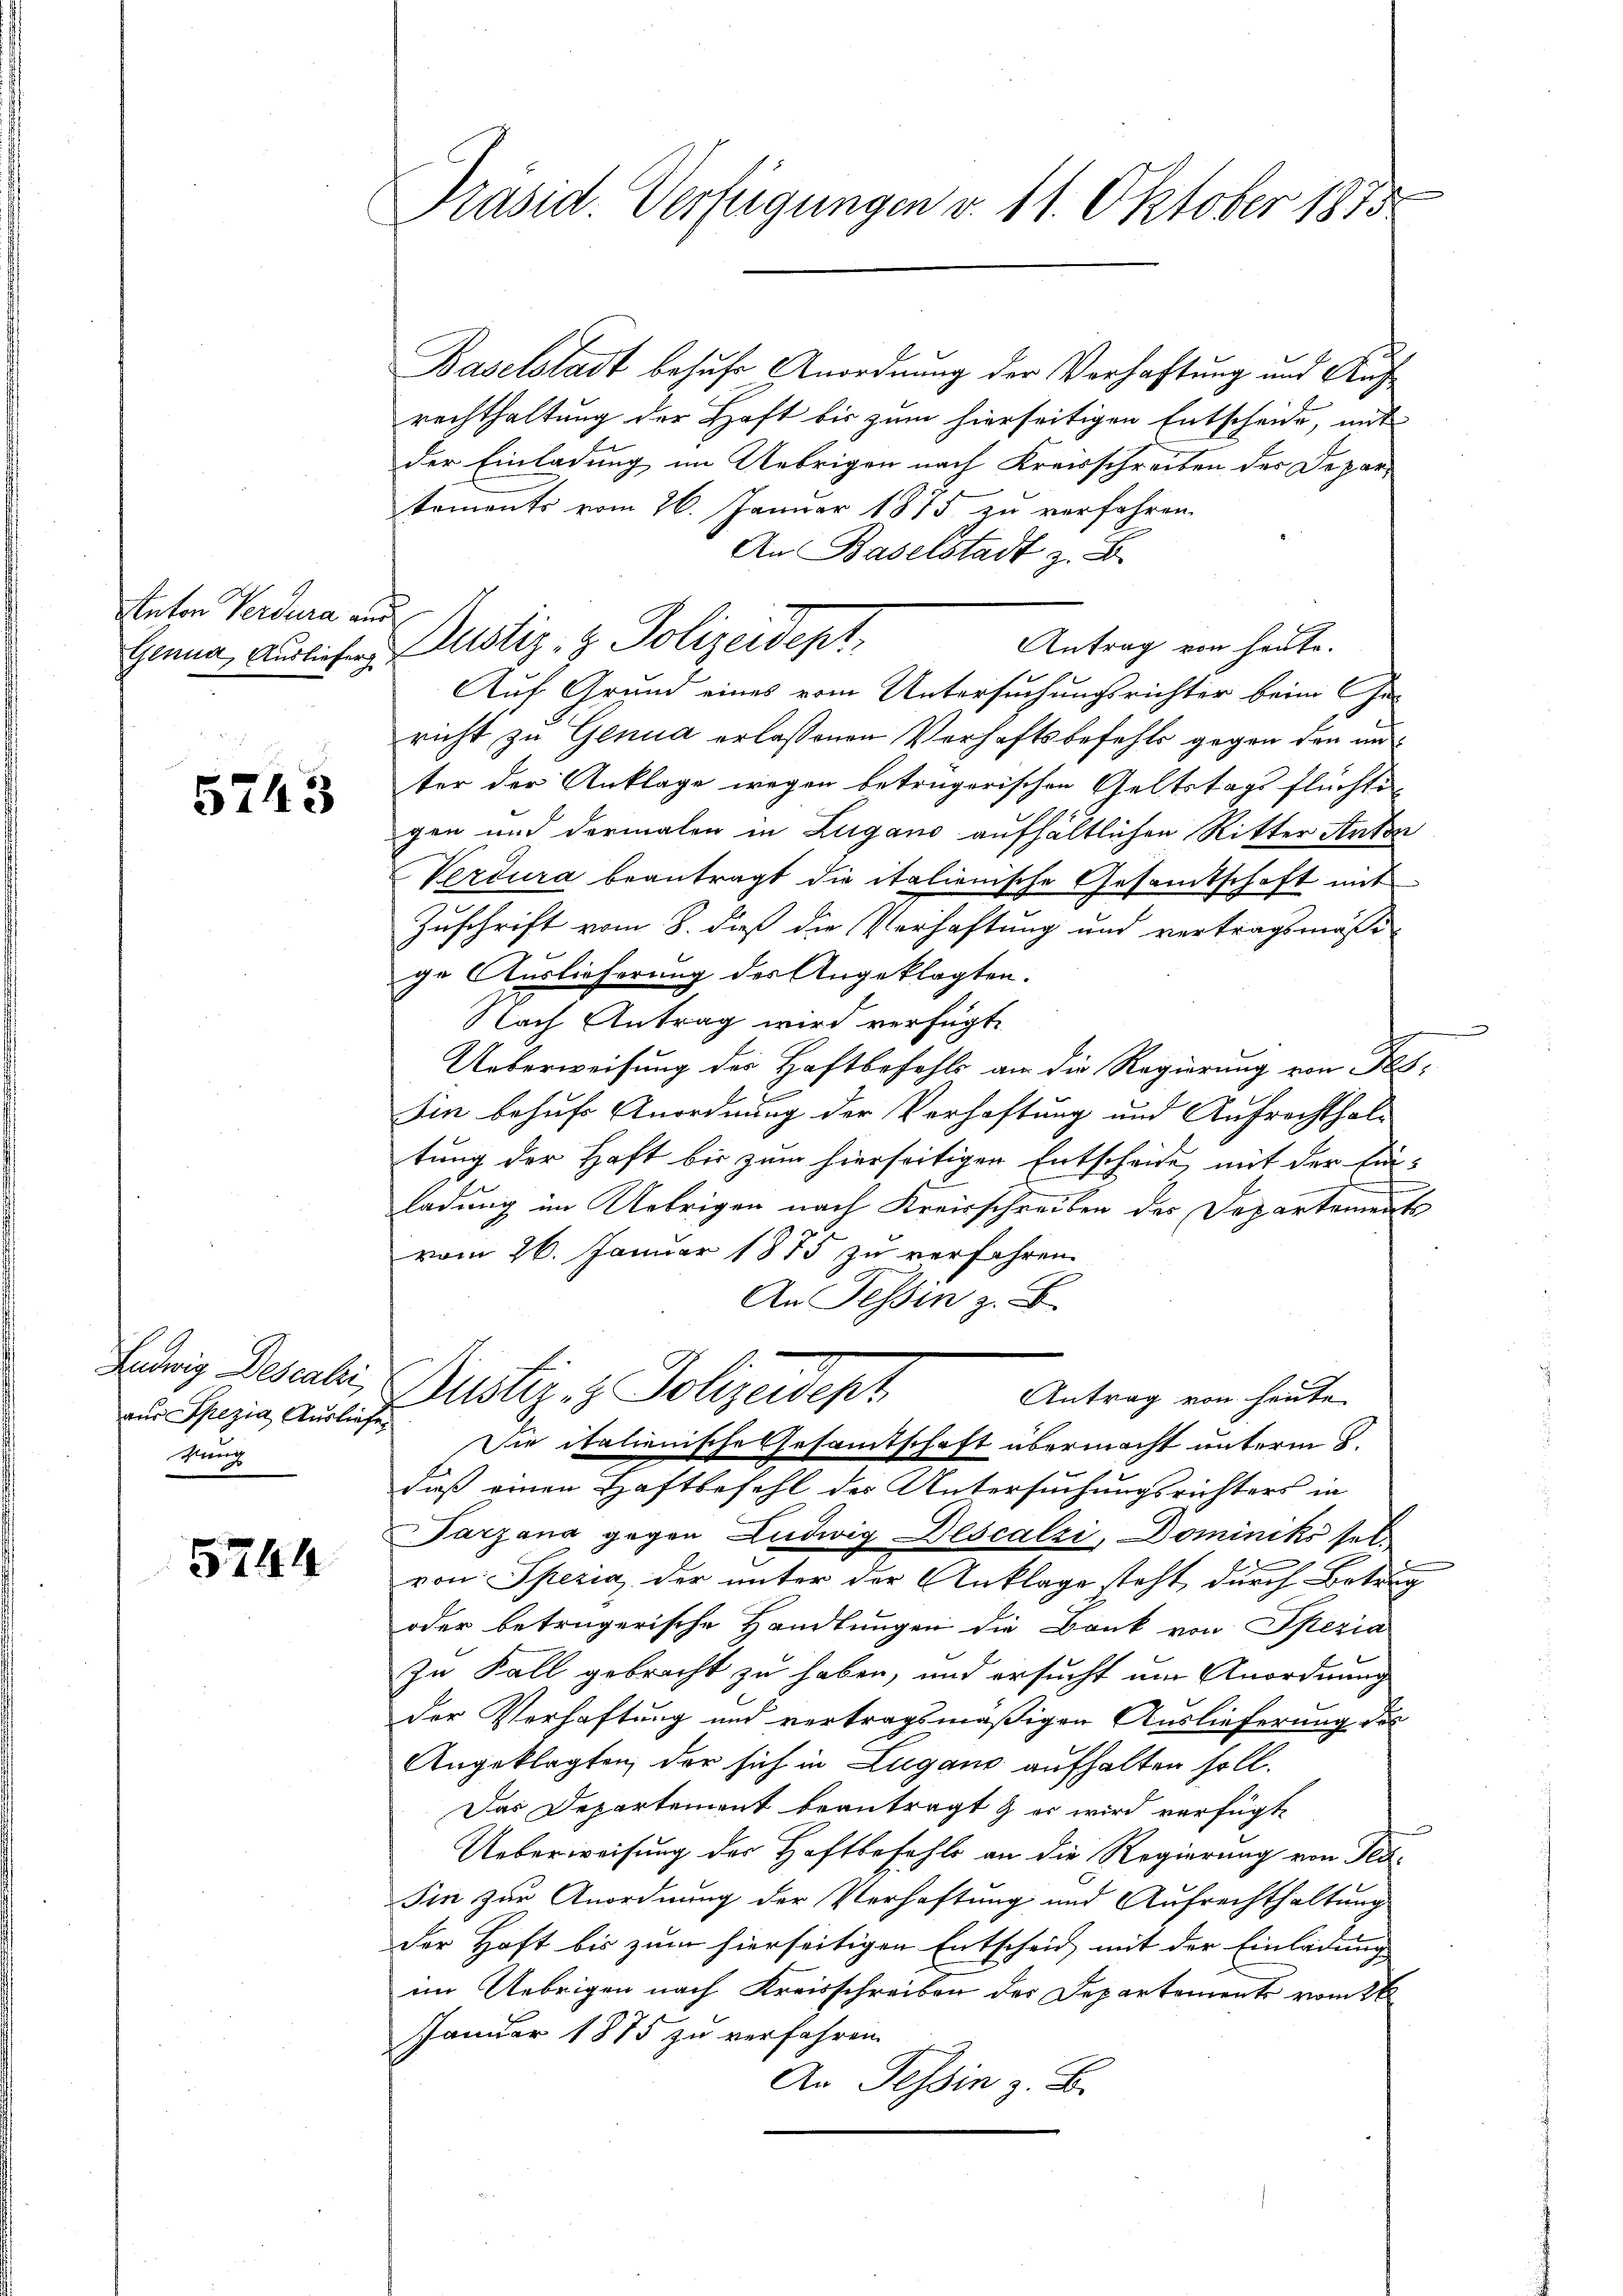
Anton Verdura an

5743

Ludwig Descali
aus Spezia Auslief
kung

5744

Präsid. Verfügungen v. 11. Oktober 1875

Baselstadt besuche Anordnung der Verhaftung und Aufrechthaltung der Haft bis zum hierseitigen Entscheide, mit
der Einladung im Uebrigen nach Kreisschreiben des Departements vom 26. Januar 1875 zu verfahren.
An Baselstadt z. B.
e
Antrag von heute.
Auf Grund eines vom Untersuchungsrichter beim Ge-
richt zu Genua erlassenen Verhaftsbefehls gegen den und
ter der Anklage wegen betrügerischen Geltstags flüchten
gen und dermalen in Zugano aufhältlichen Ritter Arten
Verdura beantragt die italienische Gesamtschaft mit
Zuschrift vom 8. daß die Verhaftung und vertragsmässi
ge Auslieferung des Angeklagten.
Nach Antrag wird verfügt:
Ueberweisung der Haftbefehls an die Regierung von Fas¬
Iin behufs Anordnung der Vorhaftung und Aufrechthaltung der Haft bis zum hierseitigen Entscheide, mit der Ein-
e
ladung im Uebrigen nach Kreisschreiben des Departements
vom 26. Januar 1875 zu verfahren.
An Tessin z. B.
Bustiz- & Polizeidept
Antrag von heute
Die italienische Gesamtschaft übermacht unterm 8.
daß einen Haftbefehl des Untersuchungsrichters in
Tarzana gegen Ludwig Descalzi, Dominiks selvon Spezia der unter der Anklage steht durch Betrug
oder betrügerische Handlungen die Bank von Spezia
zu Fall gebracht zu haben, und ersucht um Anordnung
der Verhaftung und vertragsmäßigen Auslieferung des
Angeklagten, der sich in Lugano aufhalten soll.
Das Departement beantragt & es wird verfügt,
Ueberweisung der Haftbefehls an die Regierung von Tes-
Sin zur Anordnung der Verhaftung und Aufrechthaltung
Der Haft bis zum hierseitigen Entscheid, mit der Einladung |
im Uebrigen nach Kreisschreiben der Departements vom 26
Januar 1875 zu verfahren.
An Tessin z. B.

Genua, Auslichen Zustiz- & Polizeidept